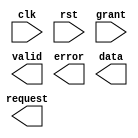
module arp (
    input clk, input rst,
    output request, input grant,
    output valid, output error, output [7:0] data,
);
    
endmodule